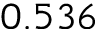
0 . 5 3 6